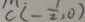
C ( - \frac { 1 } { 2 } , 0 )